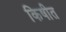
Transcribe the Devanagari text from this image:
किषीत